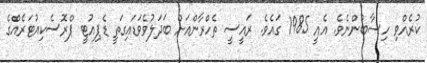
ކުރެއްވި ހިސާބުންނެވެ. އެއީ 1985 ގައެވެ. ރައީސީ ތެހްރާންއަށް ބަދަލުވެވަޑައިގަތީ ޑެޕިއުޓީ ޕްރޮސެކިއުޓަރެއްގެ